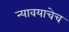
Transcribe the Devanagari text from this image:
न्यावयाचेच